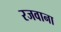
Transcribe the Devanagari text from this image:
रजवाना